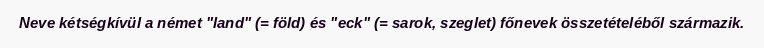
Neve kétségkívül a német "land" (= föld) és "eck" (= sarok, szeglet) főnevek összetételéből származik.